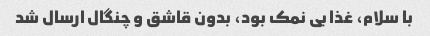
با سلام، غذا بی نمک بود، بدون قاشق و چنگال ارسال شد